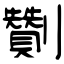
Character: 劗